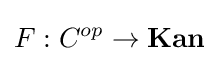
F:C^{op}\to {\textbf {Kan}}